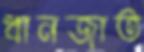
ধানজাত